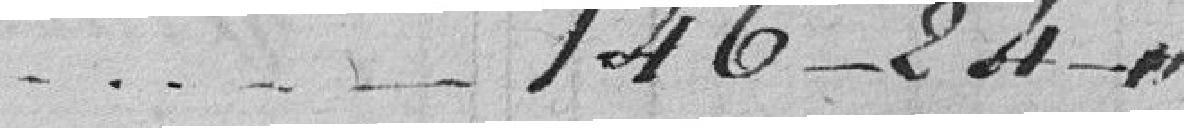
146frs---- 24 ---...